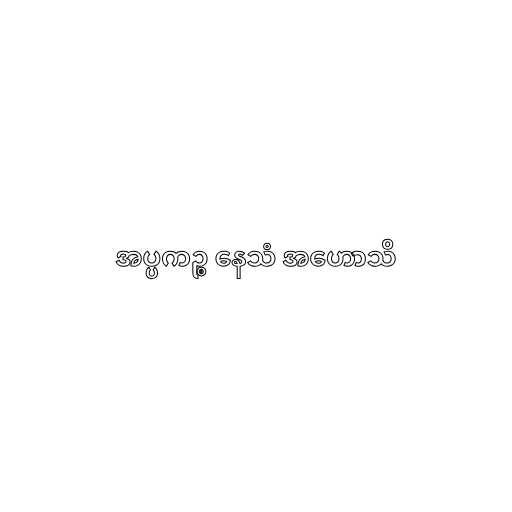
အပ္ပကဉ္စ နေသံ အဟောသိ